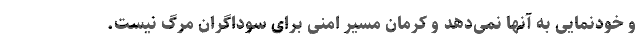
و خودنمایی به آنها نمی‌دهد و کرمان مسیر امنی برای سوداگران مرگ نیست.